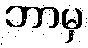
ဘာမှ